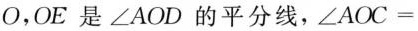
O，OE是∠AOD的平分线，$$∠ A O C =